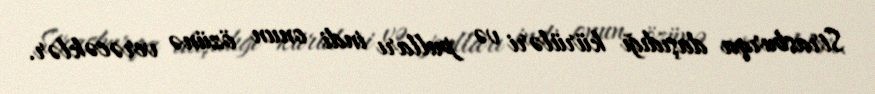
Strasburqa daşıdığı kürüləri və pulları indi onun özünə verəcəklər.